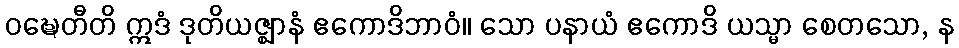
ဝဍ္ဎေတီတိ ဣဒံ ဒုတိယဇ္ဈာနံ ဧကောဒိဘာဝံ။ သော ပနာယံ ဧကောဒိ ယသ္မာ စေတသော, န